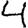
Digit: 4